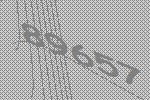
89657